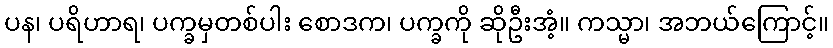
ပန၊ ပရိဟာရ၊ ပက္ခမှတစ်ပါး စောဒက၊ ပက္ခကို ဆိုဦးအံ့။ ကသ္မာ၊ အဘယ်ကြောင့်။